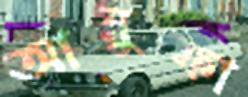
আনুফা